Vaccination in Bombay 1874-1876 - 1874-1876
Year: 1874
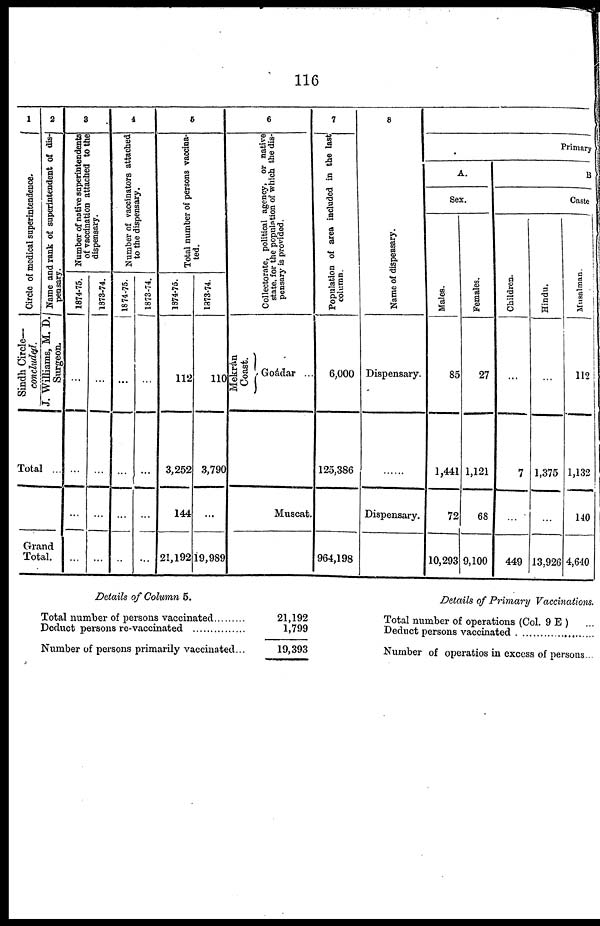
116
1
Circle of medical superintendence.
Sindh Circle—
conclude.
2
Name and rank of superintendent of dis-
pensary.
J. Williams, M. D.
Surgeon.
Total ...
Grand
Total.
3
Number of native superintendents
of vaccination attached to the
dispensary.
1874-75.
...
...
...
...
1873-74.
...
...
...
...
4
Number of vaccinators attached
to the dispensary.
1874-75
...
...
...
...
1873-74
...
...
...
...
5
Total number of persons vaccina-
ted.
1874-75.
112
3,252
144
21,192
1873-74.
110
3,790
...
19,989
6
Collectorate, political agency, or native
state, for the population of which the dis-
pensary is provided.
Mekrán
Coast.
Goádar ...
Muscat.
7
Population of area included in the last
column.
6,000
125,386
964,198
8
Name of dispensary.
Dispensary.
Dispensary.
Primary
A.
Sex.
Males.
85
1,441
72
10,293
Females.
27
1,121
68
9,100
B.
Caste
Children.
...
7
...
449
Hindu.
...
1,375
...
13,926
Musalman.
112
1,132
140
4,640
Details of Column 5.
Total number of persons vaccinated.........
Deduct persons re-vaccinated...............
Number of persons primarily vaccinated...
21,192
1,799
19,393
Details of Primary Vaccinations.
Total number of operations (Col. 9 E )
Deduct persons vaccinated
Number of operatios in excess of persons...